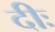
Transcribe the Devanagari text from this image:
दीः